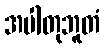
အပါတုဘူတံ